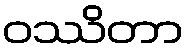
ဝဿိတာ